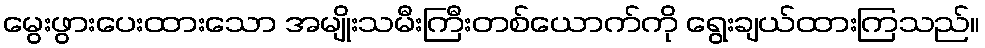
မွေးဖွားပေးထားသော အမျိုးသမီးကြီးတစ်ယောက်ကို ရွေးချယ်ထားကြသည်။